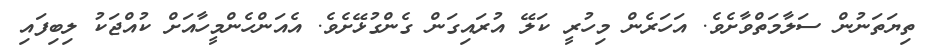
ތިޔަތަނުން ސަލާމަތްވާށެވެ. އަހަރެން މިހުރީ ކަލޭ އުރައިގަން ގެންގުޅޭށެވެ. އެއަންހެންމީހާއަށް ކުއްޖަކު ލިބިފައި